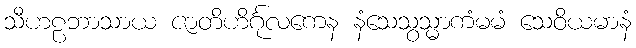
သီဟဠဘာသာယ ဇာတိဟိင်္ဂုလကေန နံသေသွသ္မာကံမမံ သေဝိယမာနံ